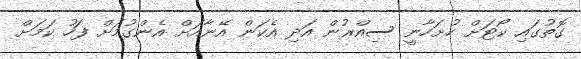
ގޮތުގައި ކޯޓަށް ހުށަހާނީ ސިއްރުން އަދި އެކަން އޭނާއަށް އެންގުމަށް ފަހު ކަމަށް